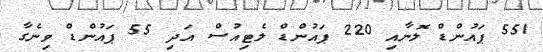
551 ޕައުންޑް ލޮނާއި 220 ޕައުންޑް ލެޓިއުސް އަދި 55 ޕައުންޑް ވިނެގާ